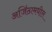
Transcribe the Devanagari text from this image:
अजिंठामधील